Indian journal of veterinary science and animal husbandry - Volume 12,
Year: 1942
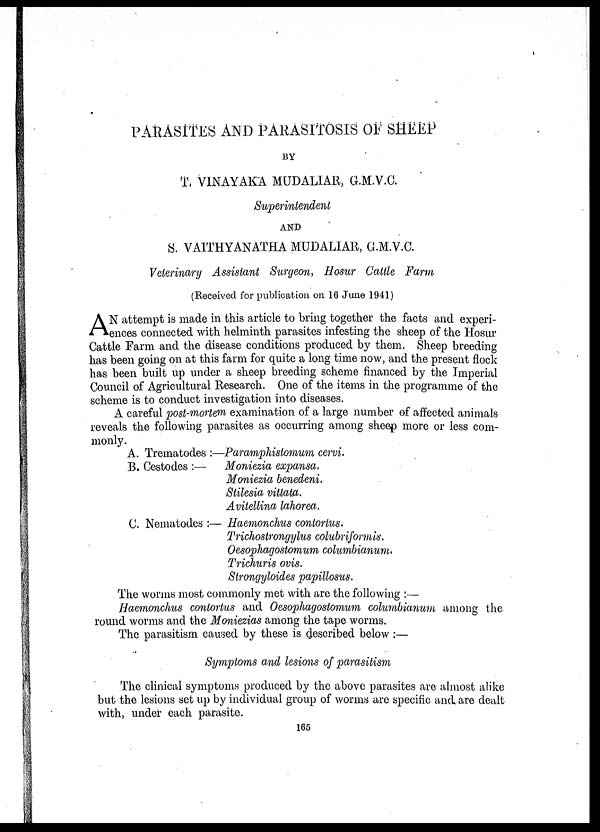
PARASITES AND PARASITOSIS OF SHEEP
BY
T. VINAYAKA MUDALIAR, G.M.V.C.
Superintendent
AND
S. VAITHYANATHA MUDALIAR, G.M.V.C
Veterinary Assistant Surgeon, Hosur Cattle Farm
(Received for publication on 16 June 1941)
A N attempt is made in this article to bring together the facts and experi-
ences connected with helminth parasites infesting the sheep of the Hosur
Cattle Farm and the disease conditions produced by them. Sheep breeding
has been going on at this farm for quite a long time now, and the present flock
has been built up under a sheep breeding scheme financed by the Imperial
Council of Agricultural Research. One of the items in the programme of the
scheme is to conduct investigation into diseases.
A careful post-mortem examination of a large number of affected animals
reveals the following parasites as occurring among sheep more or less com-
monly.
A. Trematodes :—Paramphistomum cervi.
B. Cestodes :—Moniezia expansa.
Moniezia benedeni.
Stilesia vittata.
Avitellina lahorea,
C. Nematodes :— Haemonchus contortus.
Trichostrongylus colubriformis.
Oesophagostomum columbianum.
Trichuris ovis.
Strongyloides papillosus.
The worms most commonly met with are the following :—
Haemonchus contortus and Oesophagostomum columbianum among the
round worms and the Moniezias among the tape worms.
The parasitism caused by these is described below :—
Symptoms and lesions of parasitism
The clinical symptoms produced by the above parasites are almost alike
but the lesions set up by individual group of worms are specific and are dealt
with, under each parasite.
165